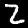
Digit: 2